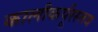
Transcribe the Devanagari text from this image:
कालीकर्पूरस्तव